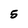
Character: 5